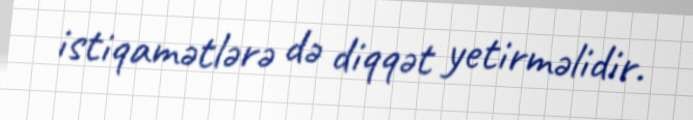
istiqamətlərə də diqqət yetirməlidir.